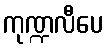
ကုဏ္ဍလီပေ